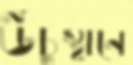
উঁচুস্থানে